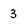
Character: 3